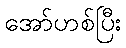
အော်ဟစ်ပြီး